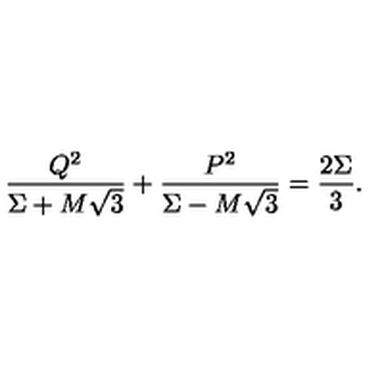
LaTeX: { \frac { Q ^ { 2 } } { \Sigma + M \sqrt { 3 } } } + { \frac { P ^ { 2 } } { \Sigma - M \sqrt { 3 } } } = { \frac { 2 \Sigma } { 3 } } .